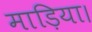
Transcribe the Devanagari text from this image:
माड़िया।